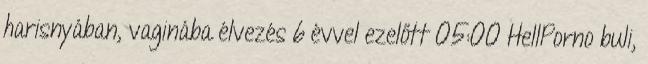
harisnyában, vaginába élvezés 6 évvel ezelőtt 05:00 HellPorno buli,